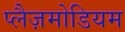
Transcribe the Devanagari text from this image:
प्लैज़मोडियम